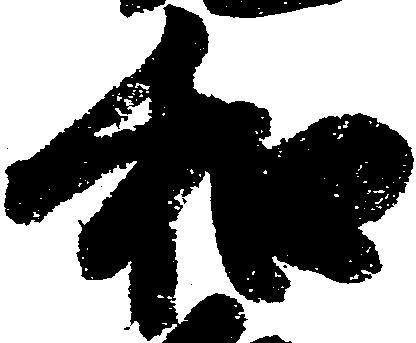
和